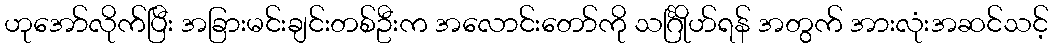
ဟုအော်လိုက်ပြီး အခြားမင်းချင်းတစ်ဦးက အလောင်းတော်ကို သင်္ဂြိုဟ်ရန် အတွက် အားလုံးအဆင်သင့်